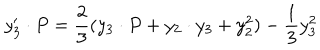
y _ { 3 } ^ { \prime } \cdot P = { \frac { 2 } { 3 } } ( y _ { 3 } \cdot P + y _ { 2 } \cdot y _ { 3 } + y _ { 2 } ^ { 2 } ) - { \frac { 1 } { 3 } } y _ { 3 } ^ { 2 }